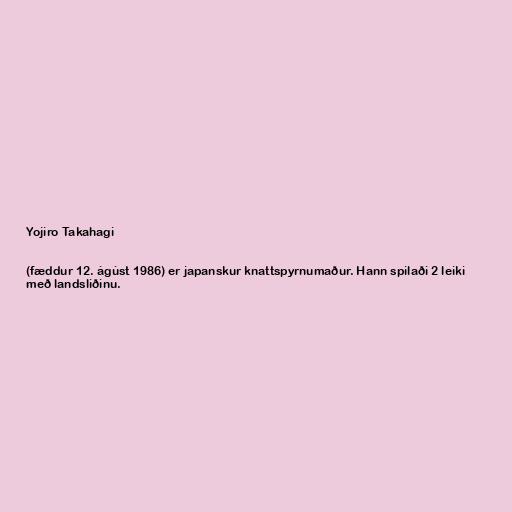
Yojiro Takahagi

(fæddur 12. ágúst 1986) er japanskur knattspyrnumaður. Hann spilaði 2 leiki
með landsliðinu.